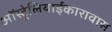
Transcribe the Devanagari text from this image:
ऑस्ट्रेलियाईकारावास